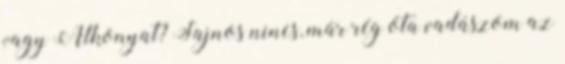
vagy Alkonyat? Sajnos nincs, már rég óta vadászom az